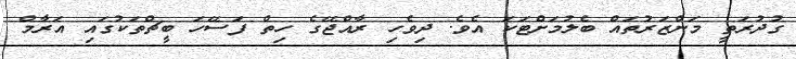
ގުދުރަތީ މަންޒަރުތައް ބެލުމަށްޓަކަ އެވެ. ދިވެހި ރާއްޖޭގެ ހިތް ފަސޭހަ ބީޗްތަކުގައި އަރާމް